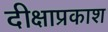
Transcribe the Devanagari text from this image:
दीक्षाप्रकाश